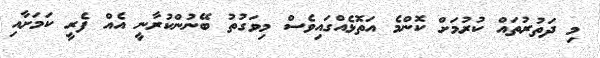
މި ދަތުރުތައް ކުރުމަށް ކޮންމެ އަތޮޅެއްގައިވެސް މިވަގުތު ބޭނުންކުރާނީ އެއް ފެރީ ކަމަށާއި